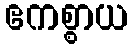
ဧကစ္စာယ